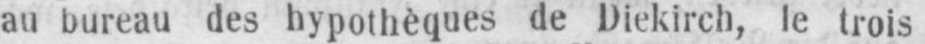
au bureau des hypothèques de Diekirch, le trois